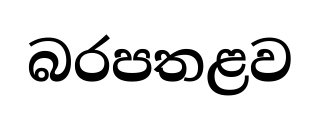
බරපතළව